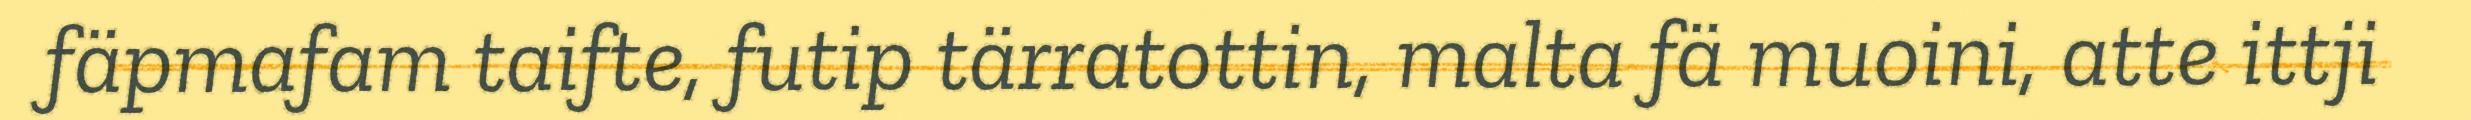
fäpmafam taifte, futip tärratottin, malta fä muoini, atte ittji